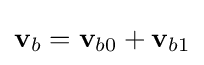
\mathbf {v} _{b}=\mathbf {v} _{b0}+\mathbf {v} _{b1}